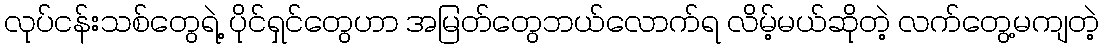
လုပ်ငန်းသစ်တွေရဲ့ ပိုင်ရှင်တွေဟာ အမြတ်တွေဘယ်လောက်ရ လိမ့်မယ်ဆိုတဲ့ လက်တွေ့မကျတဲ့